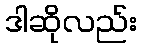
ဒါဆိုလည်း